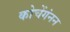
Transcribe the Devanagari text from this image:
कोचेंगंनन